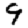
Digit: 9